Reports on military cantonments and civil stations in the Presidency of Bombay inspected by the Sanitary Commissioner in the years 1875 and 1876
Year: 1875
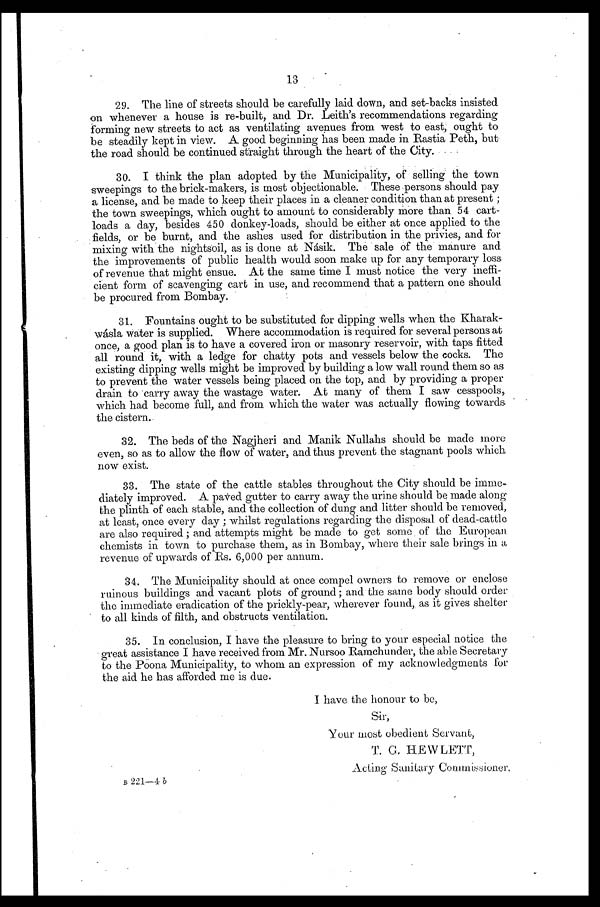
13
29. The line of streets should be carefully laid down, and set-backs insisted
on whenever a house is re-built, and Dr. Leith's recommendations regarding
forming new streets to act as ventilating avenues from west to east, ought to
be steadily kept in view. A good beginning has been made in Rastia Peth, but
the road should be continued straight through the heart of the City.
30. I think the plan adopted by the Municipality, of selling the town
sweepings to the brick-makers, is most objectionable. These persons should pay
a license, and be made to keep their places in a cleaner condition than at present;
the town sweepings, which ought to amount to considerably more than 54 cart-
loads a day, besides 450 donkey-loads, should be either at once applied to the
fields, or be burnt, and the ashes used for distribution in the privies, and for
mixing with the nightsoil, as is done at Násik. The sale of the manure and
the improvements of public health would soon make up for any temporary loss
of revenue that might ensue. At the same time I must notice the very ineffi
-cient form of scavenging cart in use, and recommend that a pattern one should
be procured from Bombay.
31. Fountains ought to be substituted for dipping wells when the Kharak
-wásla water is supplied. Where accommodation is required for several persons at
once, a good plan is to have a covered iron or masonry reservoir, with taps fitted
all round it, with a ledge for chatty pots and vessels below the cocks. The
existing dipping wells might be improved by building a low wall round them so as
to prevent the water vessels being placed on the top, and by providing a proper
drain to carry away the wastage water. At many of them I saw cesspools,
which had become full, and from which the water was actually flowing towards
the cistern.
32. The beds of the Nagjheri and Manik Nullahs should be made more
even, so as to allow the flow of water, and thus prevent the stagnant pools which
now exist.
33. The state of the cattle stables throughout the City should be imme
- d i a t e l y i m p r o v e d . A p a v e d g u t t e r t o c a r r y a w a y t h e u r i n e s h o u l d b e m a d e a l o n g
the plinth of each stable, and the collection of dung and litter should be removed,
at least, once every day; whilst regulations regarding the disposal of dead-cattle
are also required; and attempts might be made to get some of the European
chemists in town to purchase them, as in Bombay, where their sale brings in a
revenue of upwards of Rs. 6,000 per annum.
34. The Municipality should at once compel owners to remove or enclose
ruinous buildings and vacant plots of ground; and the same body should order
the immediate eradication of the prickly-pear, wherever found, as it gives shelter
to all kinds of filth, and obstructs ventilation.
35. In conclusion, I have the pleasure to bring to your especial notice the
great assistance I have received from Mr. Nursoo Ramchunder, the able Secretary
to the Poona Municipality, to whom an expression of my acknowledgments for
the aid he has afforded me is due.
I have the honour to be,
Sir, Your most obedient Servant,
T. G HEWLETT,
Acting Sanitary Commissioner.
B 221-4 b